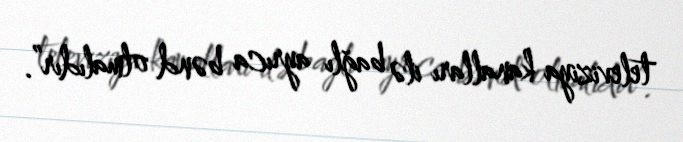
televiziya kanalları ilə bağlı ayrıca bənd olmalıdır”.